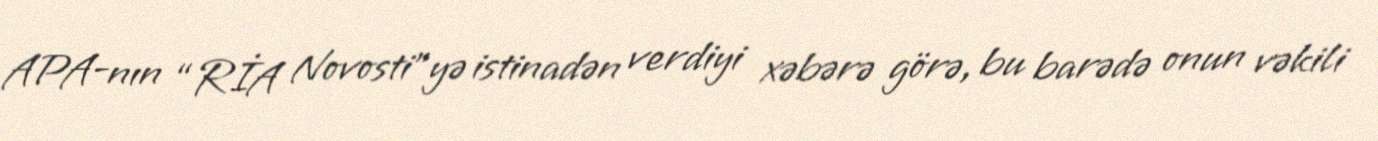
APA-nın “RİA Novosti”yə istinadən verdiyi xəbərə görə, bu barədə onun vəkili